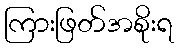
ကြားဖြတ်အစိုးရ